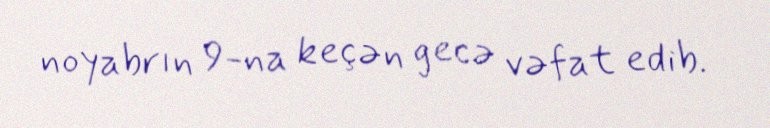
noyabrın 9-na keçən gecə vəfat edib.